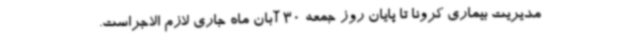
مدیریت بیماری کرونا تا پایان روز جمعه 30 آبان ماه جاری لازم الاجراست.